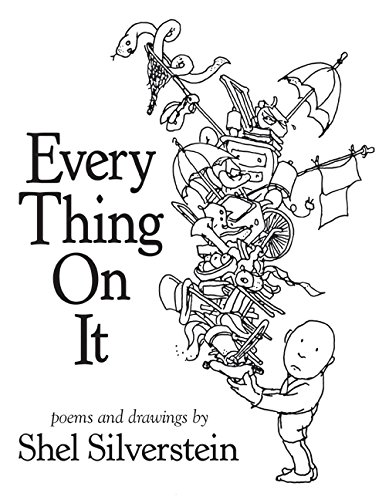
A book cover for Every Thing On It; Shel Silverstein; Children's Books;